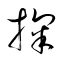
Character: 掬